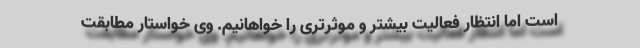
است اما انتظار فعالیت بیشتر و موثرتری را خواهانیم. وی خواستار مطابقت